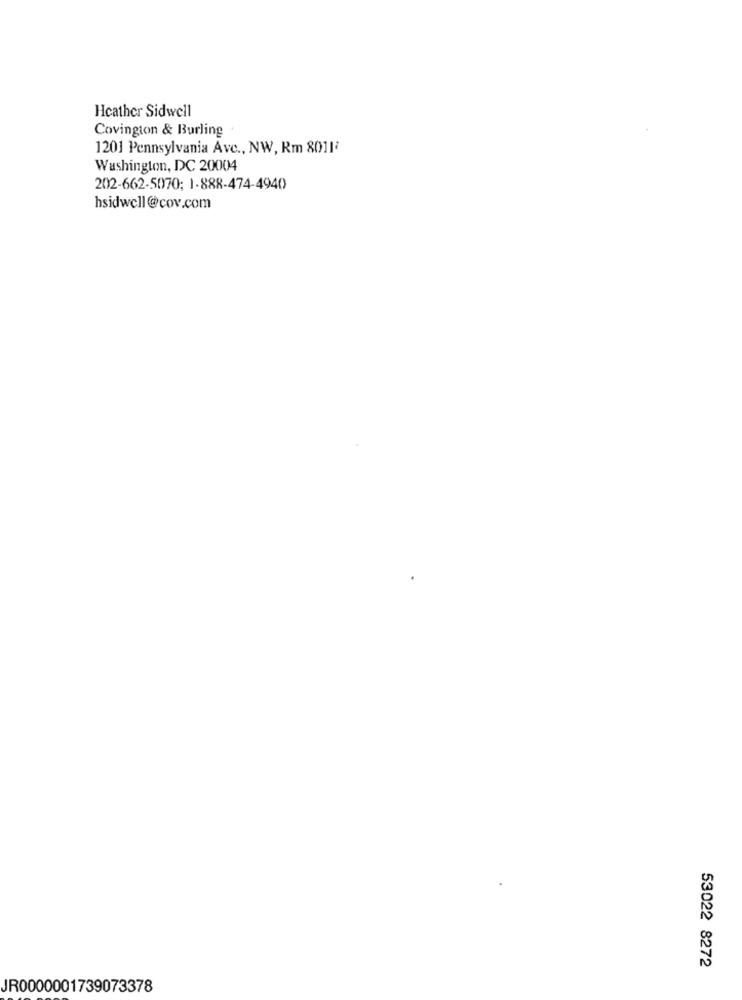
Heather Sidwell
Covington & Burling
1201 Pennsylvania Avc ., NW, Rm 8011ª
Washington, DC 20004
202-662-5070; 1-888-474-4940
hsidwell@cov.com
53022 8272
JR0000001739073378